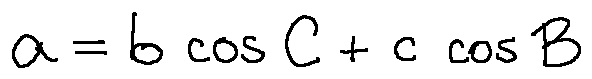
a = b \cos C + c \cos B